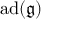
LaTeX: \operatorname { a d } ( { \mathfrak { g } } )